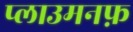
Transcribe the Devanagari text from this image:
प्लाउमनफ़